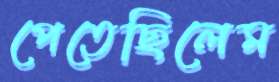
পেতেছিলেম